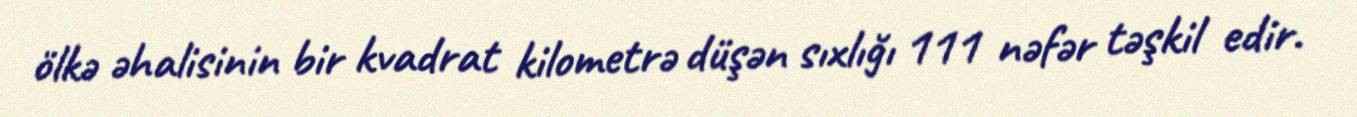
ölkə əhalisinin bir kvadrat kilometrə düşən sıxlığı 111 nəfər təşkil edir.